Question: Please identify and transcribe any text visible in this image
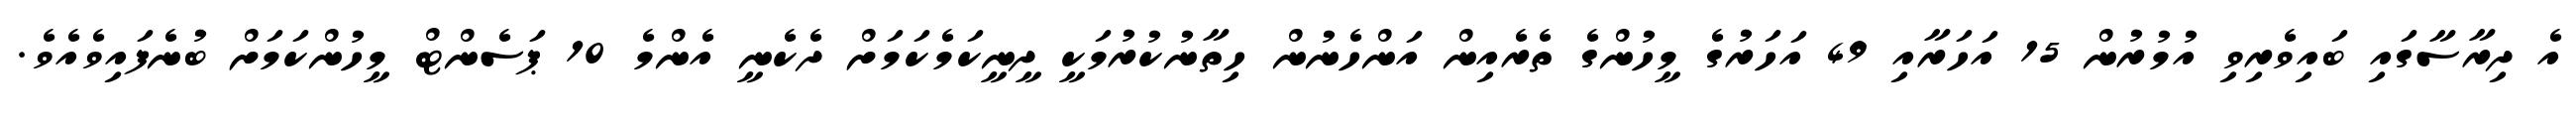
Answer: އެ ދިރާސާގައި ބައިވެރިވި އުމުރުން 15 އަހަރާއި 49 އަހަރުގެ މީހުންގެ ތެރެއިން އަންހެނުން ހިތާނުކުރުމަކީ ދީނީކަމެކަމަށް ދެކެނީ އެންމެ 10 ޕަސެންޓް މީހުންކަމަށް ބުނެފައިވެއެވެ.